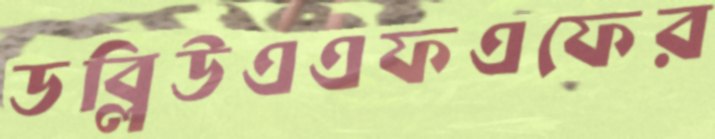
ডব্লিউএএফএফের